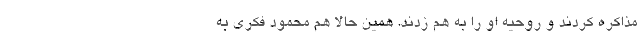
مذاکره کردند و روحیه او را به هم زدند. همین حالا هم محمود فکری به